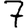
Digit: 7